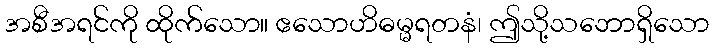
အစီအရင်ကို ထိုက်သော။ ဧသောဟိဓမ္မရတနံ၊ ဤသို့သဘောရှိသော